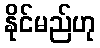
နိုင်မည်ဟု